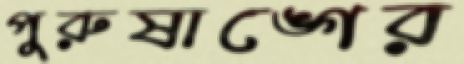
পুরুষাঙ্গের